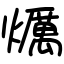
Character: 爄